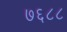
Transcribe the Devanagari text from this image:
७६८८